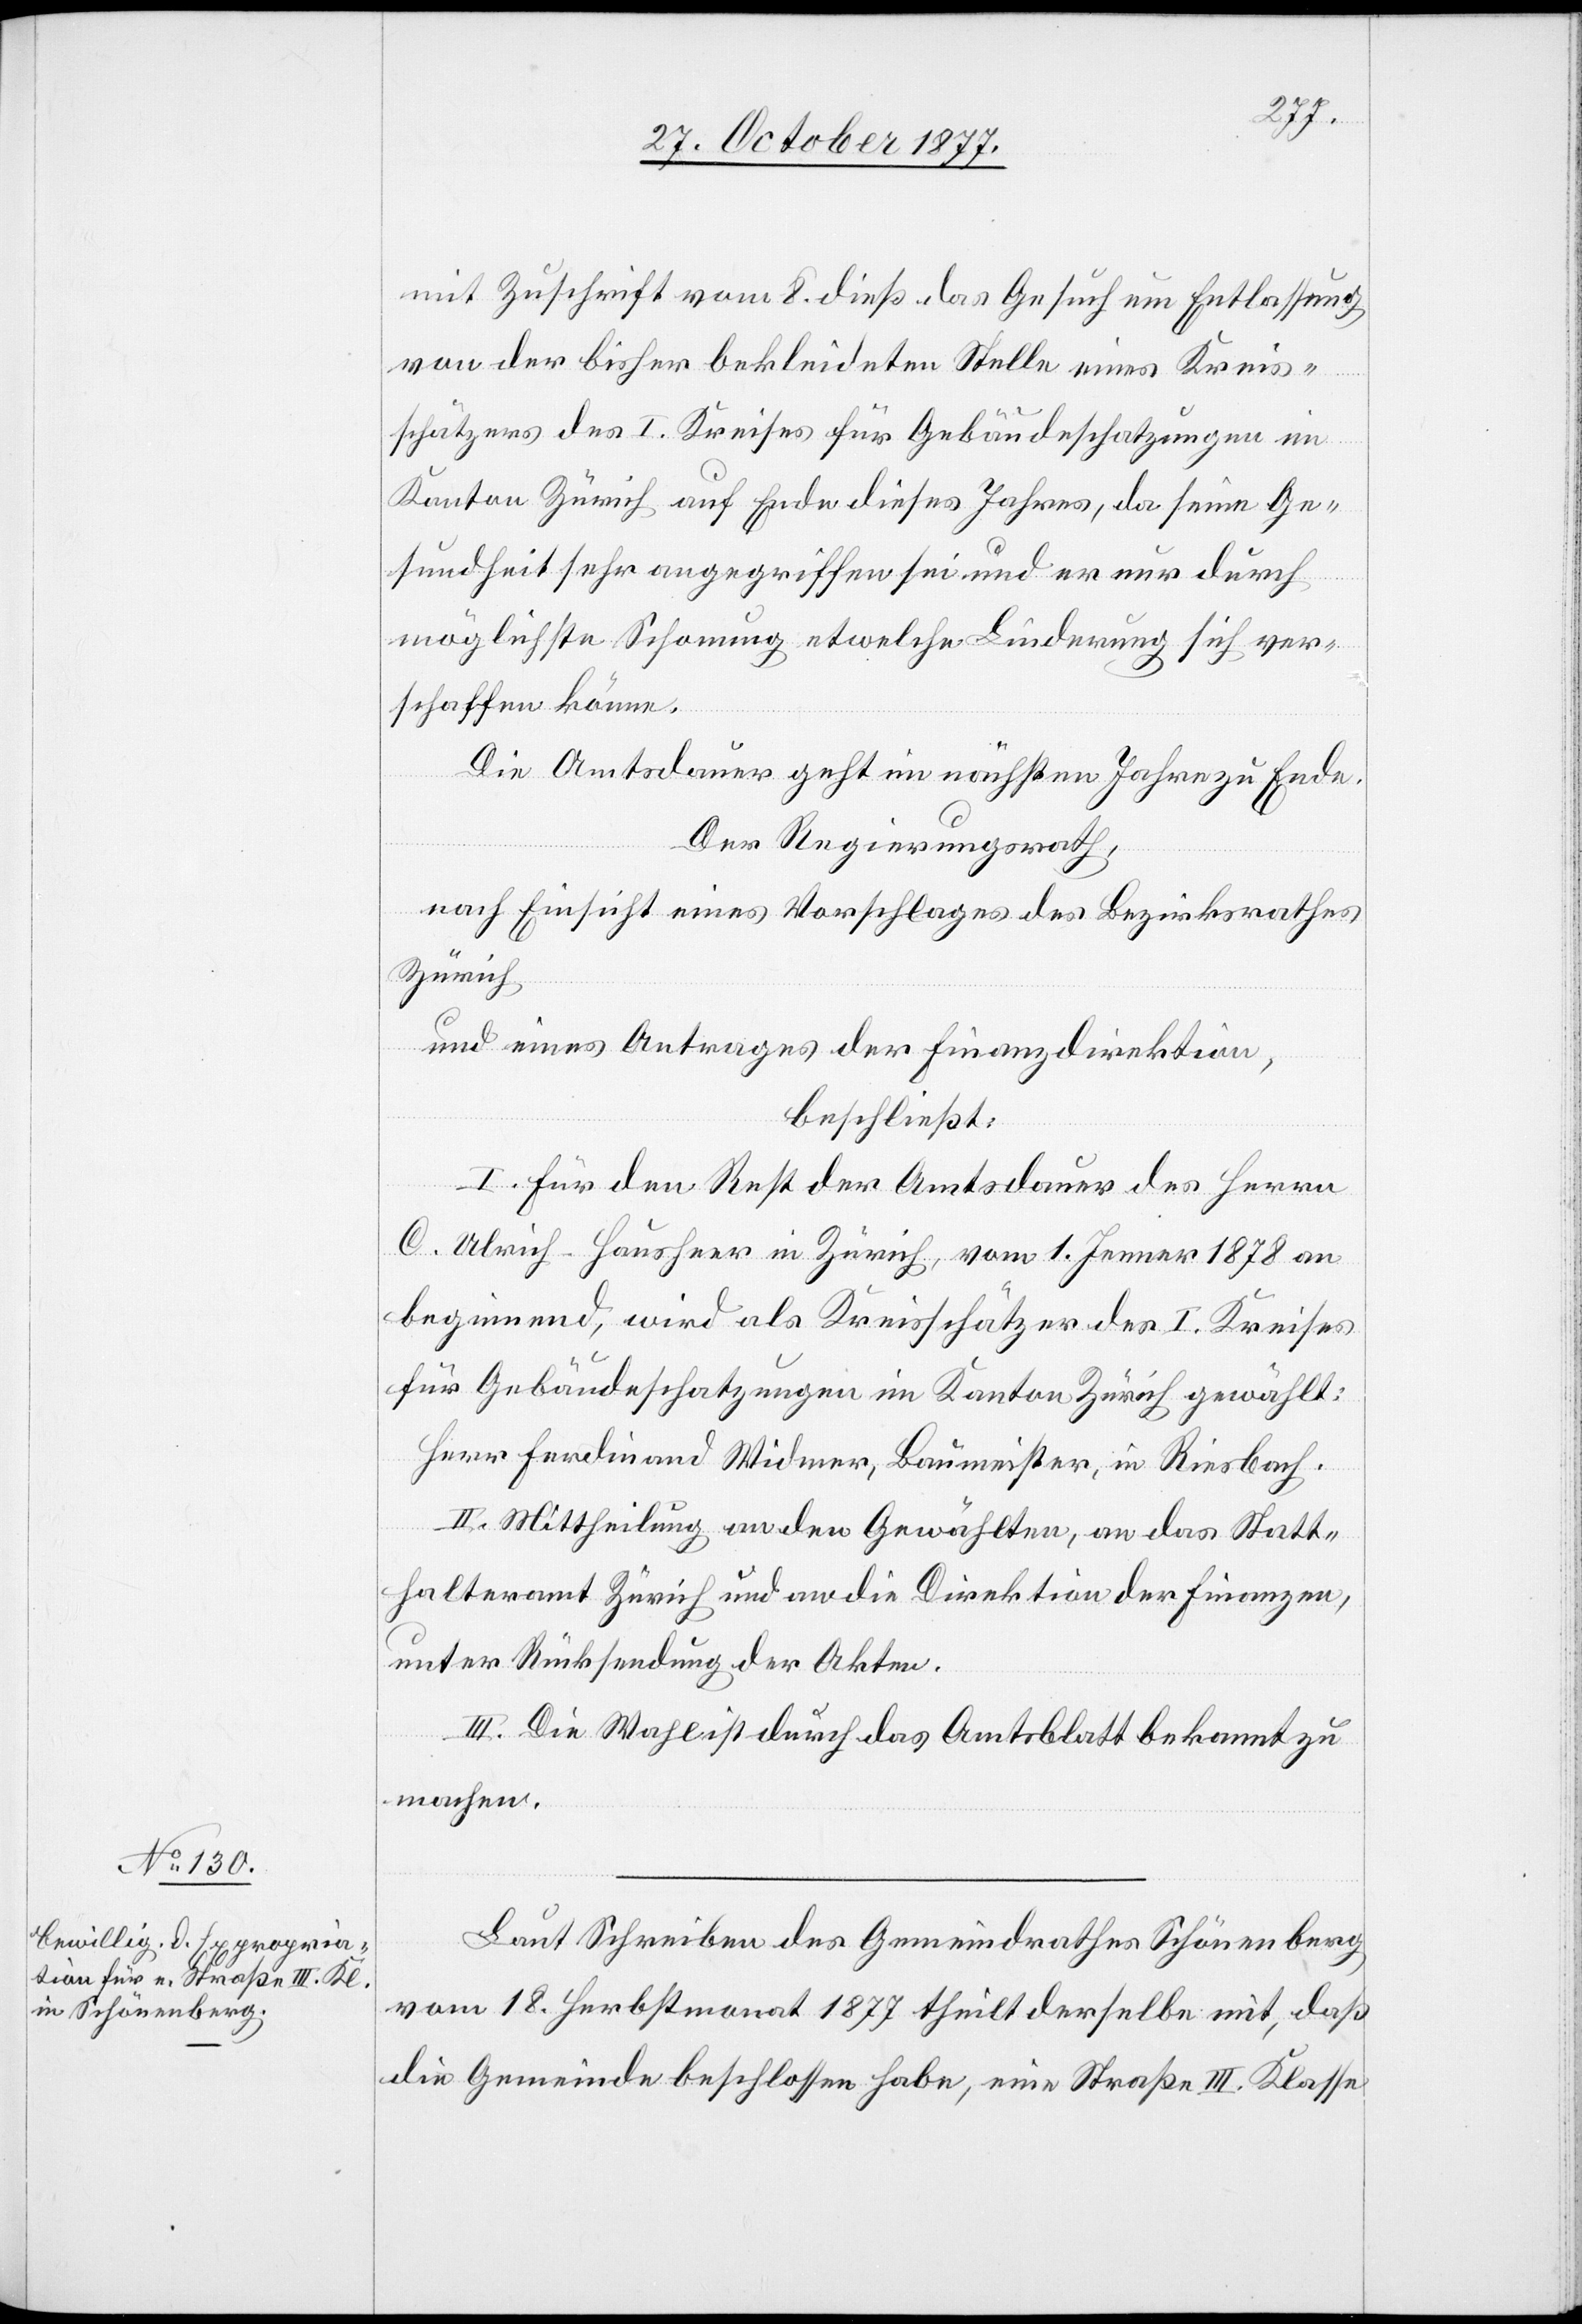
mit Zuschrift vom 8. dieß das Gesuch um Entlassung
von der bisher bekleideten Stelle eines Kreis¬
schätzers des I. Kreises für Gebäudeschatzungen im
Kanton Zürich auf Ende dieses Jahres, da seine Ge¬
sundheit sehr angegriffen sei und er nur durch
möglichste Schonung etwelche Linderung sich ver¬
schaffen könne.
Die Amtsdauer geht im nächsten Jahre zu Ende.
Der Regierungsrath,
nach Einsicht eines Vorschlages des Bezirksrathes
Zürich
und eines Antrages der Finanzdirektion,
beschließt:
I. Für den Rest der Amtsdauer des Herrn
C. Ulrich-Hausheer in Zürich, vom 1. Jenner 1878 an
beginnend, wird als Kreisschätzer des I. Kreises
für Gebäudeschatzungen im Kanton Zürich gewählt:
Herr Ferdinand Widmer, Baumeister, in Riesbach.
II. Mittheilung an den Gewählten, an das Statt¬
halteramt Zürich und an die Direktion der Finanzen,
unter Rücksendung der Akten.
III. Die Wahl ist durch das Amtsblatt bekannt zu
machen.
Laut Schreiben des Gemeindrathes Schönenberg
vom 18. Herbstmonat 1877 theilt derselbe mit, daß
die Gemeinde beschlossen habe, eine Straße III. Klasse